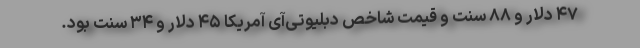
۴۷ دلار و ۸۸ سنت و قیمت شاخص دبلیوتی‌آی آمریکا ۴۵ دلار و ۳۴ سنت بود.